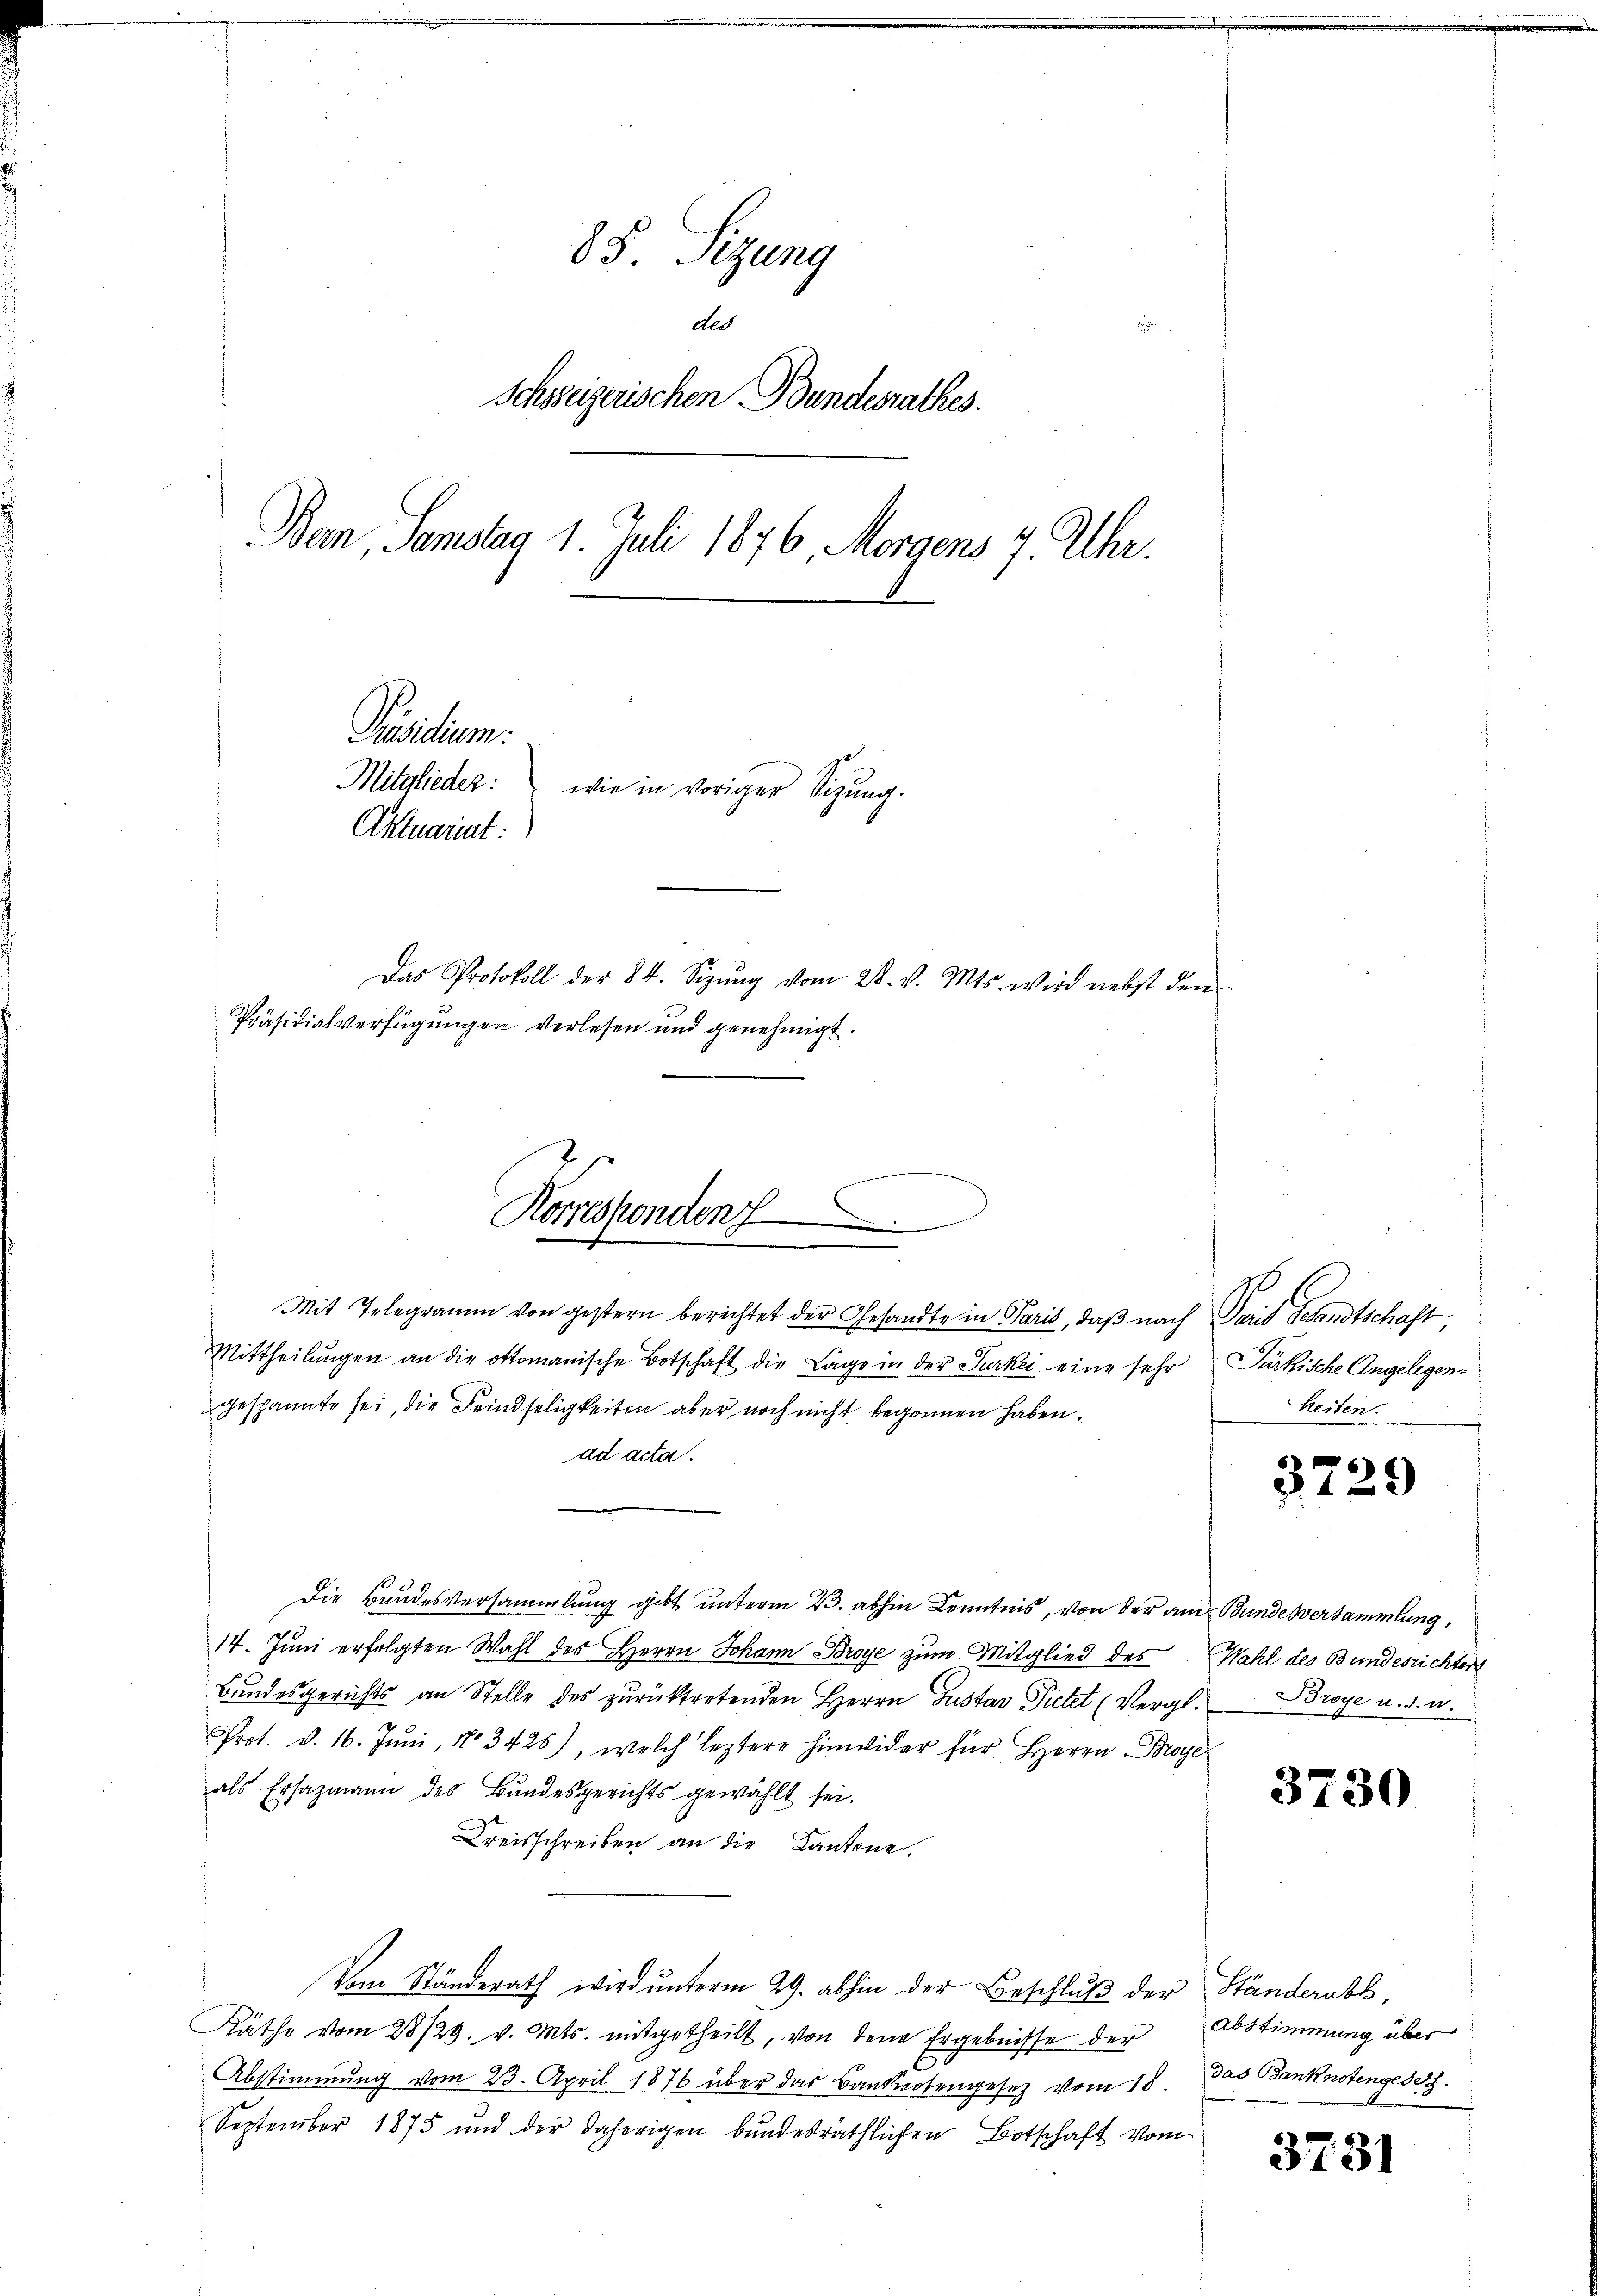
85. Sitzung
ded
Schsseizerischen Bundesrathes.
Bem, Samstag 1. Juli 1876 Morgens 7. Uhr.
Präsidium.
Mitglieder: wie in voriger Sizŭng.
Aktuariat
Das Protokoll der 84. Sizŭng vom 28. v. Mts. wird nebst den
Präsidialverfügungen verlesen und genehmigt.

Mittheilŭngen an die ottomanische Botschaft die Lage in der Surkei eine sehr Pürkische Angelegengespannte sei, die Feindseligkeiten aber noch nicht begonnen haben.
ad acta.

Die Bundesversammlung gibt unterm 23. abhin Kenntnis, von der am Bundesversammlung,
14. Juni erfolgten Wahl des Herrn Johann Broye zum Mitglied des Wahl des Bundesrichters
Bundesgerichts an Stelle des zŭrücktretenden Herrn Gustav Pietet (Vergl. Broye u. s. w.
Prot. v. 16. Jŭni 183425), welch leztere hinwider für Herrn Broye
als Ersazmann des Bundesgerichts gewählt sei.
Kreisschreiben an die Kantone.
Vom Ständerath wird ŭnterm 29. abhin der Beschlŭβ der Ständerabs,
Räthe vom 28/29. v. Mts. mitgetheilt, von den Ergebnisse der Abstimmung über
Abstimmung vom 23. April 1876 über das Bankiertengesetz vom 18.
September 1875 und der daherigen bundesräthlichen Botschaft vom

e
Korresponden
¬
e
Mit Telegramm von gestern berichtet der Gesandte in Paris, daß nach Paris Gesandtschaft,

heiten.

37

29)

3730

das Banknotengesetz

3731